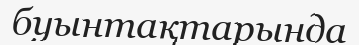
буынтақтарында